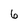
Character: 6